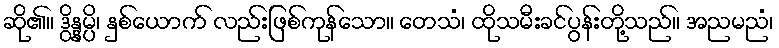
ဆို၏။ ဒွိန္နမ္ပိ၊ နှစ်ယောက် လည်းဖြစ်ကုန်သော။ တေသံ၊ ထိုသမီးခင်ပွန်းတို့သည်။ အညမညံ၊